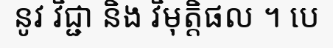
នូវ វិជ្ជា និង វិមុត្តិផល ។ បេ